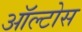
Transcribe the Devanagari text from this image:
ऑल्टोस